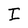
Character: I